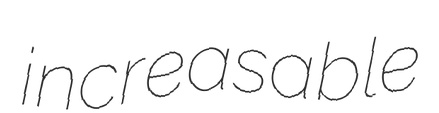
increasable